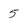
Character: 5